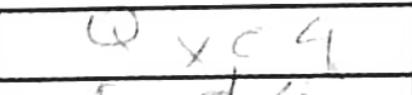
Transcription: Qxc4